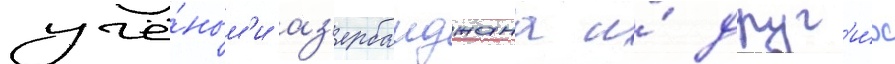
учё́ным'и аз'ербаиджана и́ друг'и́х